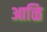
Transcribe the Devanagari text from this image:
आळि